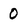
Character: O